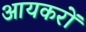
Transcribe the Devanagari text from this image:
आयकरों